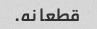
قطعا نه.